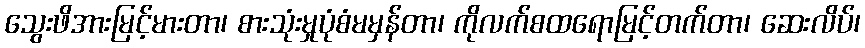
သွေးဖိအားမြင့်မားတာ၊ စားသုံးမှုပုံစံမမှန်တာ၊ ကိုလက်စထရောမြင့်တက်တာ၊ ဆေးလိပ်၊